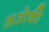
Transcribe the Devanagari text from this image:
अओकी